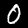
Digit: 0